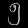
Digit: ၅